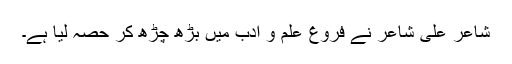
شاعر علی شاعرؔ نے فروغِ علم و ادب میں بڑھ چڑھ کر حصہ لیا ہے۔